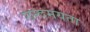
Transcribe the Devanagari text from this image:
छन्दमयता